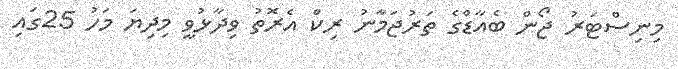
މިނިސްޓަރު ޖޯން ބެއާޑްގެ ތަރުޖަމާނު ރިކް އެރޮތު ވިދާޅުވީ މިދިޔަ މަހު 25ގައި